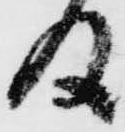
及